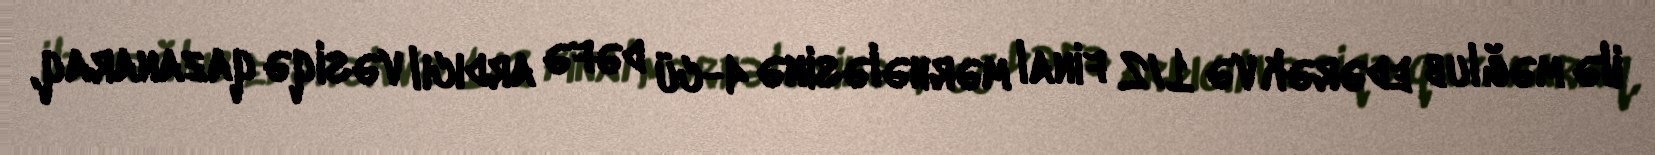
ilə məğlub edərək və 1/2 final mərhələsinə 4-cü dəfə ardıcıl vəsiqə qazanaraq,